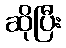
ဆိုပြီး